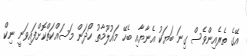
އޭގެ ތެރެއިންވެސް ގިނަ ބަޔަކު އެނާޔާއި ބެހޭ މައުލޫމާތު ހޯދަން މަސައްކަތްކޮށްފައިވަނީ ނިކް